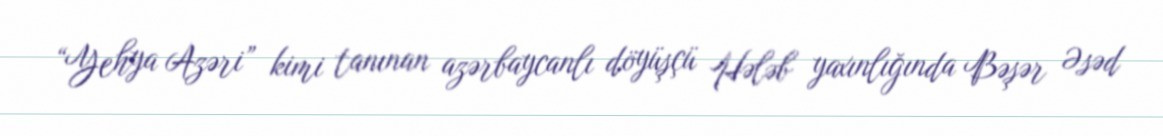
“Yehya Azəri” kimi tanınan azərbaycanlı döyüşçü Hələb yaxınlığında Bəşər Əsəd